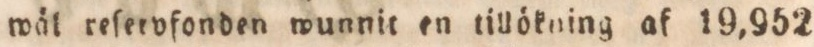
wäl reſervfonden wunnit en tillökning af 19,952